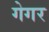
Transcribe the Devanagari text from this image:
गेगर